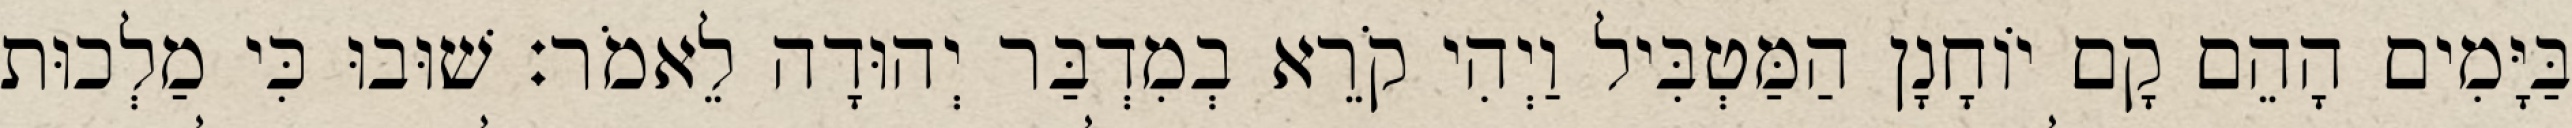
בַּיָּמִים הָהֵם קָם יוֹחָנָן הַמַּטְבִּיל וַיְהִי קֹרֵא בְמִדְבַּר יְהוּדָה לֵאמֹר׃ שׁוּבוּ כִּי מַלְכוּת